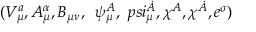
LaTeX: ( V _ { \mu } ^ { a } , A _ { \mu } ^ { \alpha } , B _ { \mu \nu } , \, \ \psi _ { \mu } ^ { A } , \, \, p s i _ { \mu } ^ { \dot { A } } , \chi ^ { A } , \chi ^ { \dot { A } } , e ^ { \sigma } )